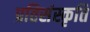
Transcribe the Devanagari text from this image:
प्रतिसंस्कृति